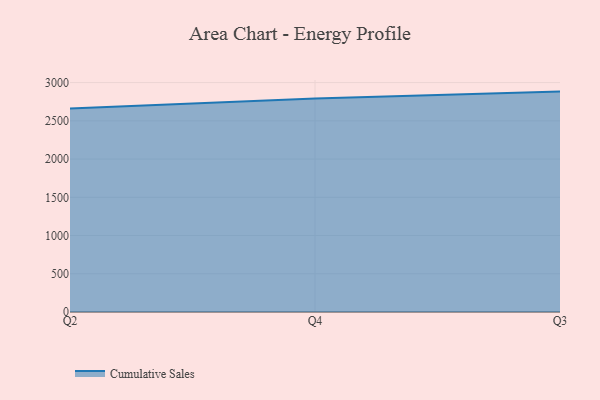
{"axis": {"x": "Quarter", "y": "Page Views"}, "legend": ["Cumulative Sales"], "data": [{"x": "Q2", "y": 2660.0, "type": "Cumulative Sales"}, {"x": "Q4", "y": 2790.6, "type": "Cumulative Sales"}, {"x": "Q3", "y": 2882.2, "type": "Cumulative Sales"}]}